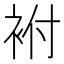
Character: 袝